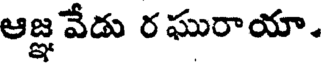
ఆజ్ఞ వేడు రఘురాయా.